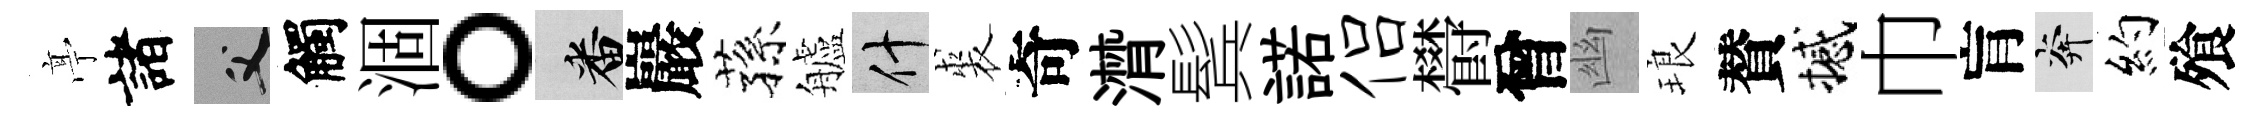
𠅘諸父觸涸。番巖蓀艫什裘奇潸鬂諾侣欎曾幽琅賛撼巾肓奔約飱